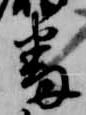
番